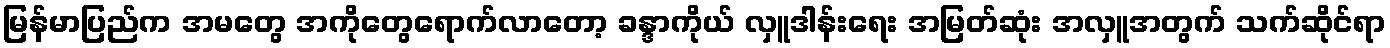
မြန်မာပြည်က အမတွေ အကိုတွေရောက်လာတော့ ခန္ဒာကိုယ် လှူဒါန်းရေး အမြတ်ဆုံး အလှူအတွက် သက်ဆိုင်ရာ